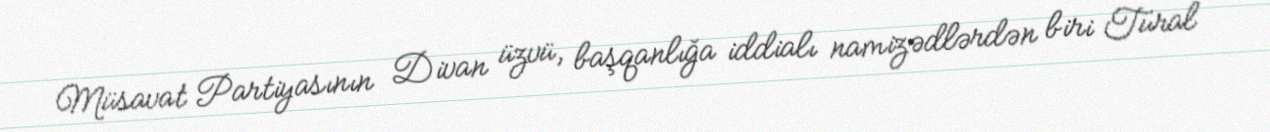
Müsavat Partiyasının Divan üzvü, başqanlığa iddialı namizədlərdən biri Tural